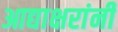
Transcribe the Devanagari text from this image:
आद्याक्षरांनी